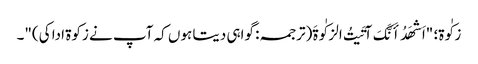
زکٰوۃ؛ "اَشهَدُ أَنَّکَ آتَیتُ الزکٰوةَ(ترجمہ: گواہی دیتا ہوں کہ آپ نے زکوۃ ادا کی)"۔